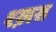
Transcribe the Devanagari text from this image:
श्ख़स